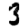
Digit: 3